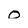
Character: O